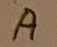
Text: A